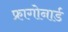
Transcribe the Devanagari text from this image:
फ्रागोनार्ड